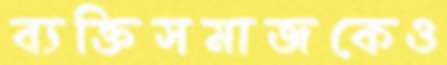
ব্যক্তিসমাজকেও